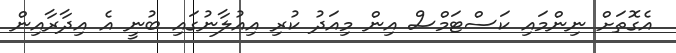
އެގޮތަށް ނިންމައި ކަސްޓަމްސް އިން މިއަދު ކުރި އިއުލާނުގައި ބުނީ އެ އިދާރާއިން